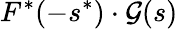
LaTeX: F^{*}(-s^{*})\cdot\mathcal{G}(s)